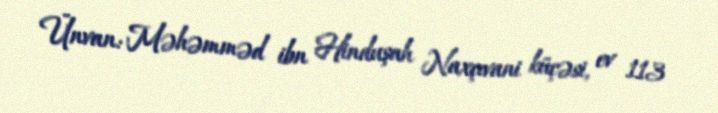
Ünvan: Məhəmməd ibn Hinduşah Naxçıvani küçəsi, ev 113